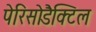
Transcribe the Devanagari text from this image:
पेरिसोडैक्टिल